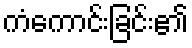
ကံကောင်းခြင်း၏